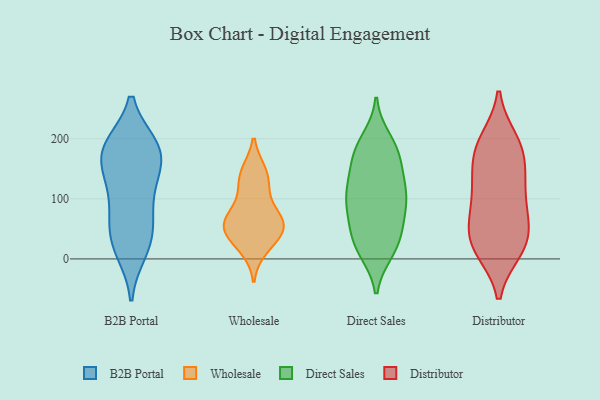
{"axis": {"x": "Latency (ms)", "y": "Value"}, "legend": ["B2B Portal", "Direct Sales", "Distributor", "Wholesale"], "data": [{"x": "", "y": 16, "type": "B2B Portal"}, {"x": "", "y": 181, "type": "B2B Portal"}, {"x": "", "y": 188, "type": "B2B Portal"}, {"x": "", "y": 116, "type": "B2B Portal"}, {"x": "", "y": 86, "type": "B2B Portal"}, {"x": "", "y": 185, "type": "B2B Portal"}, {"x": "", "y": 185, "type": "B2B Portal"}, {"x": "", "y": 153, "type": "B2B Portal"}, {"x": "", "y": 39, "type": "B2B Portal"}, {"x": "", "y": 154, "type": "B2B Portal"}, {"x": "", "y": 47, "type": "B2B Portal"}, {"x": "", "y": 63, "type": "B2B Portal"}, {"x": "", "y": 188, "type": "B2B Portal"}, {"x": "", "y": 13, "type": "B2B Portal"}, {"x": "", "y": 125, "type": "B2B Portal"}, {"x": "", "y": 71, "type": "Wholesale"}, {"x": "", "y": 55, "type": "Wholesale"}, {"x": "", "y": 67, "type": "Wholesale"}, {"x": "", "y": 139, "type": "Wholesale"}, {"x": "", "y": 61, "type": "Wholesale"}, {"x": "", "y": 19, "type": "Wholesale"}, {"x": "", "y": 143, "type": "Wholesale"}, {"x": "", "y": 39, "type": "Wholesale"}, {"x": "", "y": 116, "type": "Wholesale"}, {"x": "", "y": 45, "type": "Wholesale"}, {"x": "", "y": 144, "type": "Direct Sales"}, {"x": "", "y": 98, "type": "Direct Sales"}, {"x": "", "y": 39, "type": "Direct Sales"}, {"x": "", "y": 74, "type": "Direct Sales"}, {"x": "", "y": 198, "type": "Direct Sales"}, {"x": "", "y": 114, "type": "Direct Sales"}, {"x": "", "y": 16, "type": "Direct Sales"}, {"x": "", "y": 29, "type": "Direct Sales"}, {"x": "", "y": 90, "type": "Direct Sales"}, {"x": "", "y": 175, "type": "Direct Sales"}, {"x": "", "y": 172, "type": "Direct Sales"}, {"x": "", "y": 182, "type": "Direct Sales"}, {"x": "", "y": 127, "type": "Direct Sales"}, {"x": "", "y": 115, "type": "Direct Sales"}, {"x": "", "y": 181, "type": "Direct Sales"}, {"x": "", "y": 22, "type": "Direct Sales"}, {"x": "", "y": 63, "type": "Direct Sales"}, {"x": "", "y": 116, "type": "Direct Sales"}, {"x": "", "y": 75, "type": "Direct Sales"}, {"x": "", "y": 13, "type": "Direct Sales"}, {"x": "", "y": 188, "type": "Distributor"}, {"x": "", "y": 81, "type": "Distributor"}, {"x": "", "y": 105, "type": "Distributor"}, {"x": "", "y": 141, "type": "Distributor"}, {"x": "", "y": 16, "type": "Distributor"}, {"x": "", "y": 197, "type": "Distributor"}, {"x": "", "y": 15, "type": "Distributor"}, {"x": "", "y": 33, "type": "Distributor"}, {"x": "", "y": 140, "type": "Distributor"}, {"x": "", "y": 71, "type": "Distributor"}, {"x": "", "y": 20, "type": "Distributor"}, {"x": "", "y": 34, "type": "Distributor"}, {"x": "", "y": 126, "type": "Distributor"}, {"x": "", "y": 64, "type": "Distributor"}, {"x": "", "y": 179, "type": "Distributor"}, {"x": "", "y": 188, "type": "Distributor"}]}